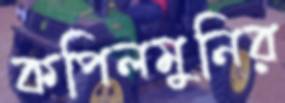
কপিলমুনির